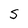
Character: S